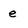
Character: e